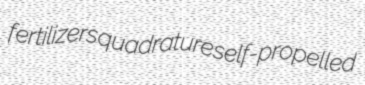
fertilizers quadrature self-propelled